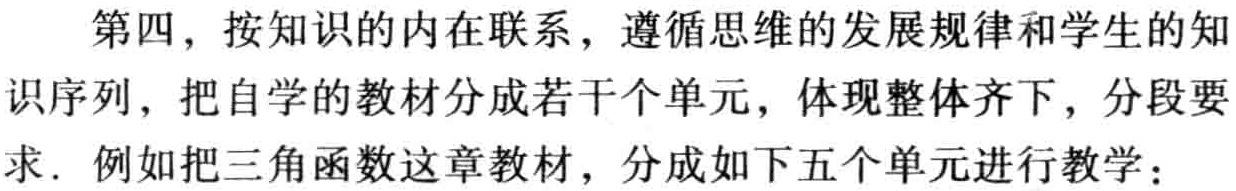
第四，按知识的内在联系，遵循思维的发展规律和学生的知识序列，把自学的教材分成若干个单元，体现整体齐下，分段要求. 例如把三角函数这章教材，分成如下五个单元进行教学：